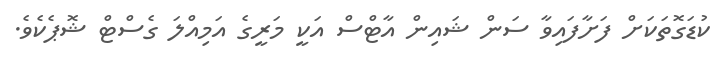
ކުޑަގޮތަކަށް ފަށާފައިވާ ސަން ޝައިން އާޓްސް އަކީ މަރީގެ އަމިއްލަ ގެސްޓް ޝޮޕެކެވެ.